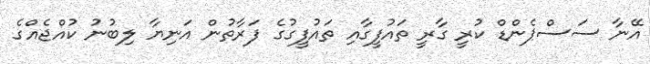
އޭނާ ސަސްޕެންޑް ކުރީ ގާރީ ތައުފީގާއި ތައުފީގުގެ ފަރާތުން އަނިޔާ ލިބުނު ކުއްޖެއްގެ